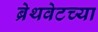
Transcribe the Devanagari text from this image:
ब्रेथवेटच्या